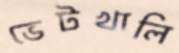
ভেটখালি